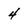
Character: 4